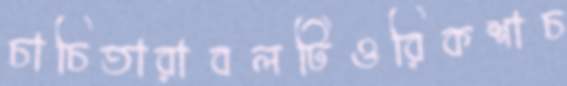
চাচিতারাবলটিওরিকশাচ